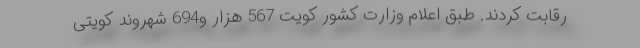
رقابت کردند. طبق اعلام وزارت کشور کویت 567 هزار و694 شهروند کویتی